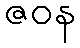
ဇဝန